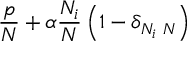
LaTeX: \frac { p } { N } + \alpha \frac { N _ { i } } { N } \left( 1 - \delta _ { N _ { i } \, \, N } \right) \, \,